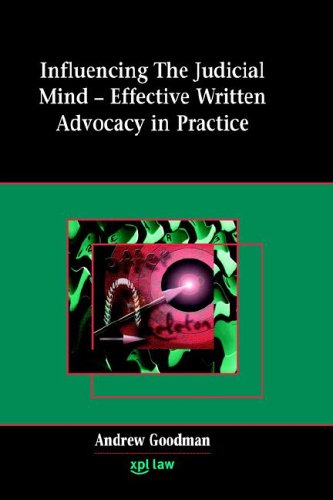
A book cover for Influencing the Judicial Mind: Effective Written Advocacy; Andrew Goodman; Law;